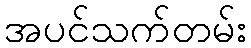
အပင်သက်တမ်း